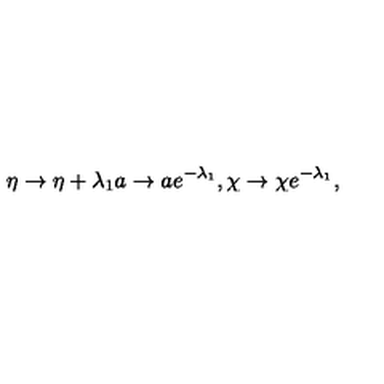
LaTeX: \eta \rightarrow \eta + \lambda _ { 1 } a \rightarrow a e ^ { - \lambda _ { 1 } } , \chi \rightarrow \chi e ^ { - \lambda _ { 1 } } ,